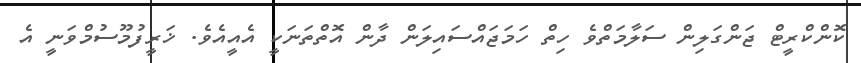
ކޮންކްރީޓް ޖަންގަލިން ސަލާމަތްވެ ހިތް ހަމަޖައްސައިލަން ދާން އޮތްތަނަކީ އެއީއެވެ. ޚަރީފުމޫސުމްވަނީ އެ